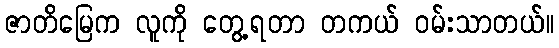
ဇာတိမြေက လူကို တွေ့ရတာ တကယ် ဝမ်းသာတယ်။